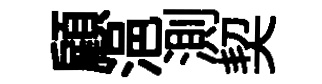
顧浥測契